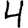
Digit: 4